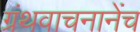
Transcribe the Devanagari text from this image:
ग्रंथवाचनानेंच